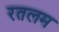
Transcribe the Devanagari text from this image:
रतलम